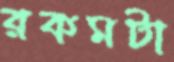
রকমটা